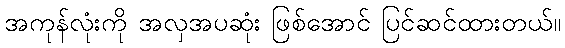
အကုန်လုံးကို အလှအပဆုံး ဖြစ်အောင် ပြင်ဆင်ထားတယ်။